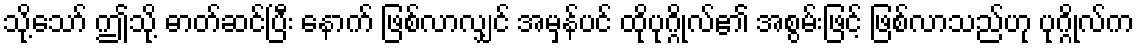
သို့သော် ဤသို့ ဓာတ်ဆင်ပြီး နောက် ဖြစ်လာလျှင် အမှန်ပင် ထိုပုဂ္ဂိုလ်၏ အစွမ်းဖြင့် ဖြစ်လာသည်ဟု ပုဂ္ဂိုလ်က